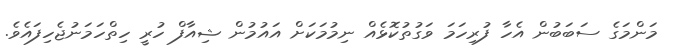
މަންމަގެ ސަބަބުން އެހާ ފުރިހަމަ ވަގުތުކޮޅެއް ނިމުމަކަށް އައުމުން ޝިއާފް ހުރީ ހިތްހަމަނުޖެހިފައެވެ.